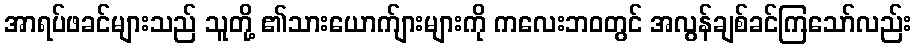
အာရပ်ဖခင်များသည် သူတို့ ၏သားယောက်ျားများကို ကလေးဘဝတွင် အလွန်ချစ်ခင်ကြသော်လည်း